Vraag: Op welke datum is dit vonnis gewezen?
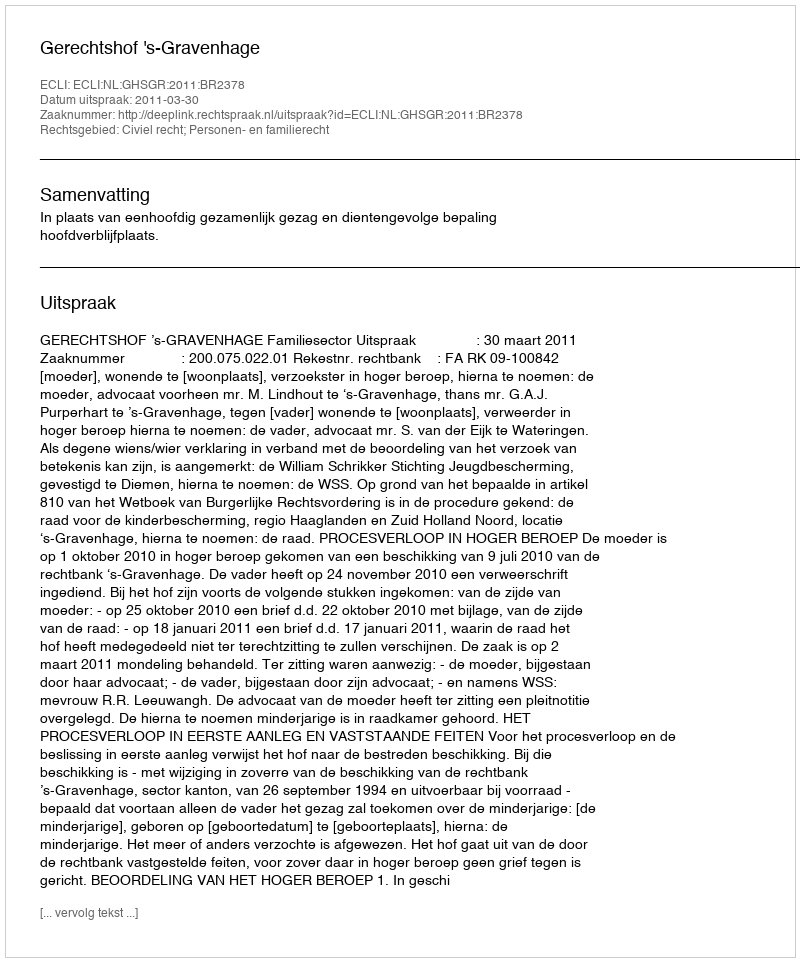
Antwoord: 2011-03-30